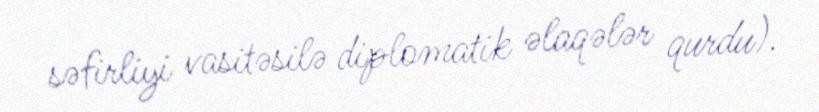
səfirliyi vasitəsilə diplomatik əlaqələr qurdu).